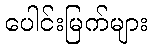
ပေါင်းမြက်များ